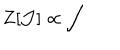
LaTeX: Z [ \mathcal { J } ] \propto \int